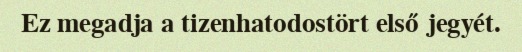
Ez megadja a tizenhatodostört első jegyét.